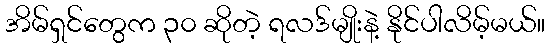
အိမ်ရှင်တွေက ၃၀ ဆိုတဲ့ ရလဒ်မျိုးနဲ့ နိုင်ပါလိမ့်မယ်။